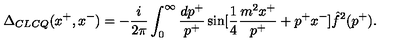
\Delta _ { C L C Q } ( x ^ { + } , x ^ { - } ) = - { \frac { i } { 2 \pi } } \int _ { 0 } ^ { \infty } { \frac { d p ^ { + } } { p ^ { + } } } \sin [ { \frac { 1 } { 4 } } { \frac { m ^ { 2 } x ^ { + } } { p ^ { + } } } + p ^ { + } x ^ { - } ] \hat { f } ^ { 2 } ( p ^ { + } ) .